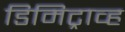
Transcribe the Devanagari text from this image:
डिमिट्राव्ह